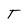
Character: T